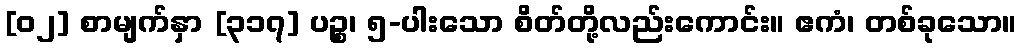
[၀၂] စာမျက်နှာ [၃၁၇] ပဉ္စ၊ ၅-ပါးသော စိတ်တို့လည်းကောင်း။ ဧကံ၊ တစ်ခုသော။